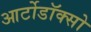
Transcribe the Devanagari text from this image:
आर्टोडॉक्सो